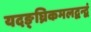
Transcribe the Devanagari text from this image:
यदङ्घ्रिकमलद्वन्द्वं